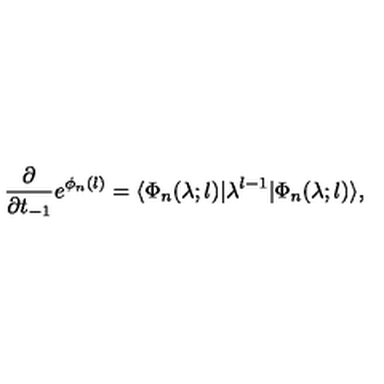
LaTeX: \frac { \partial } { \partial t _ { - 1 } } e ^ { \phi _ { n } ( l ) } = \langle \Phi _ { n } ( \lambda ; l ) | \lambda ^ { l - 1 } | \Phi _ { n } ( \lambda ; l ) \rangle ,